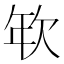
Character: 𢆘